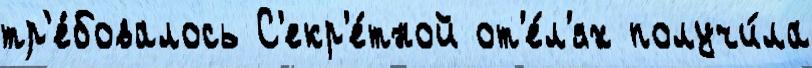
тр'е́бовалось С'екр'е́тной от'е́л'ях получи́ла